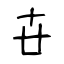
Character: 卋